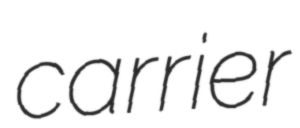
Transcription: carrier